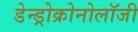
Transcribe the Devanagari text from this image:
डेन्ड्रोक्रोनोलॉजी